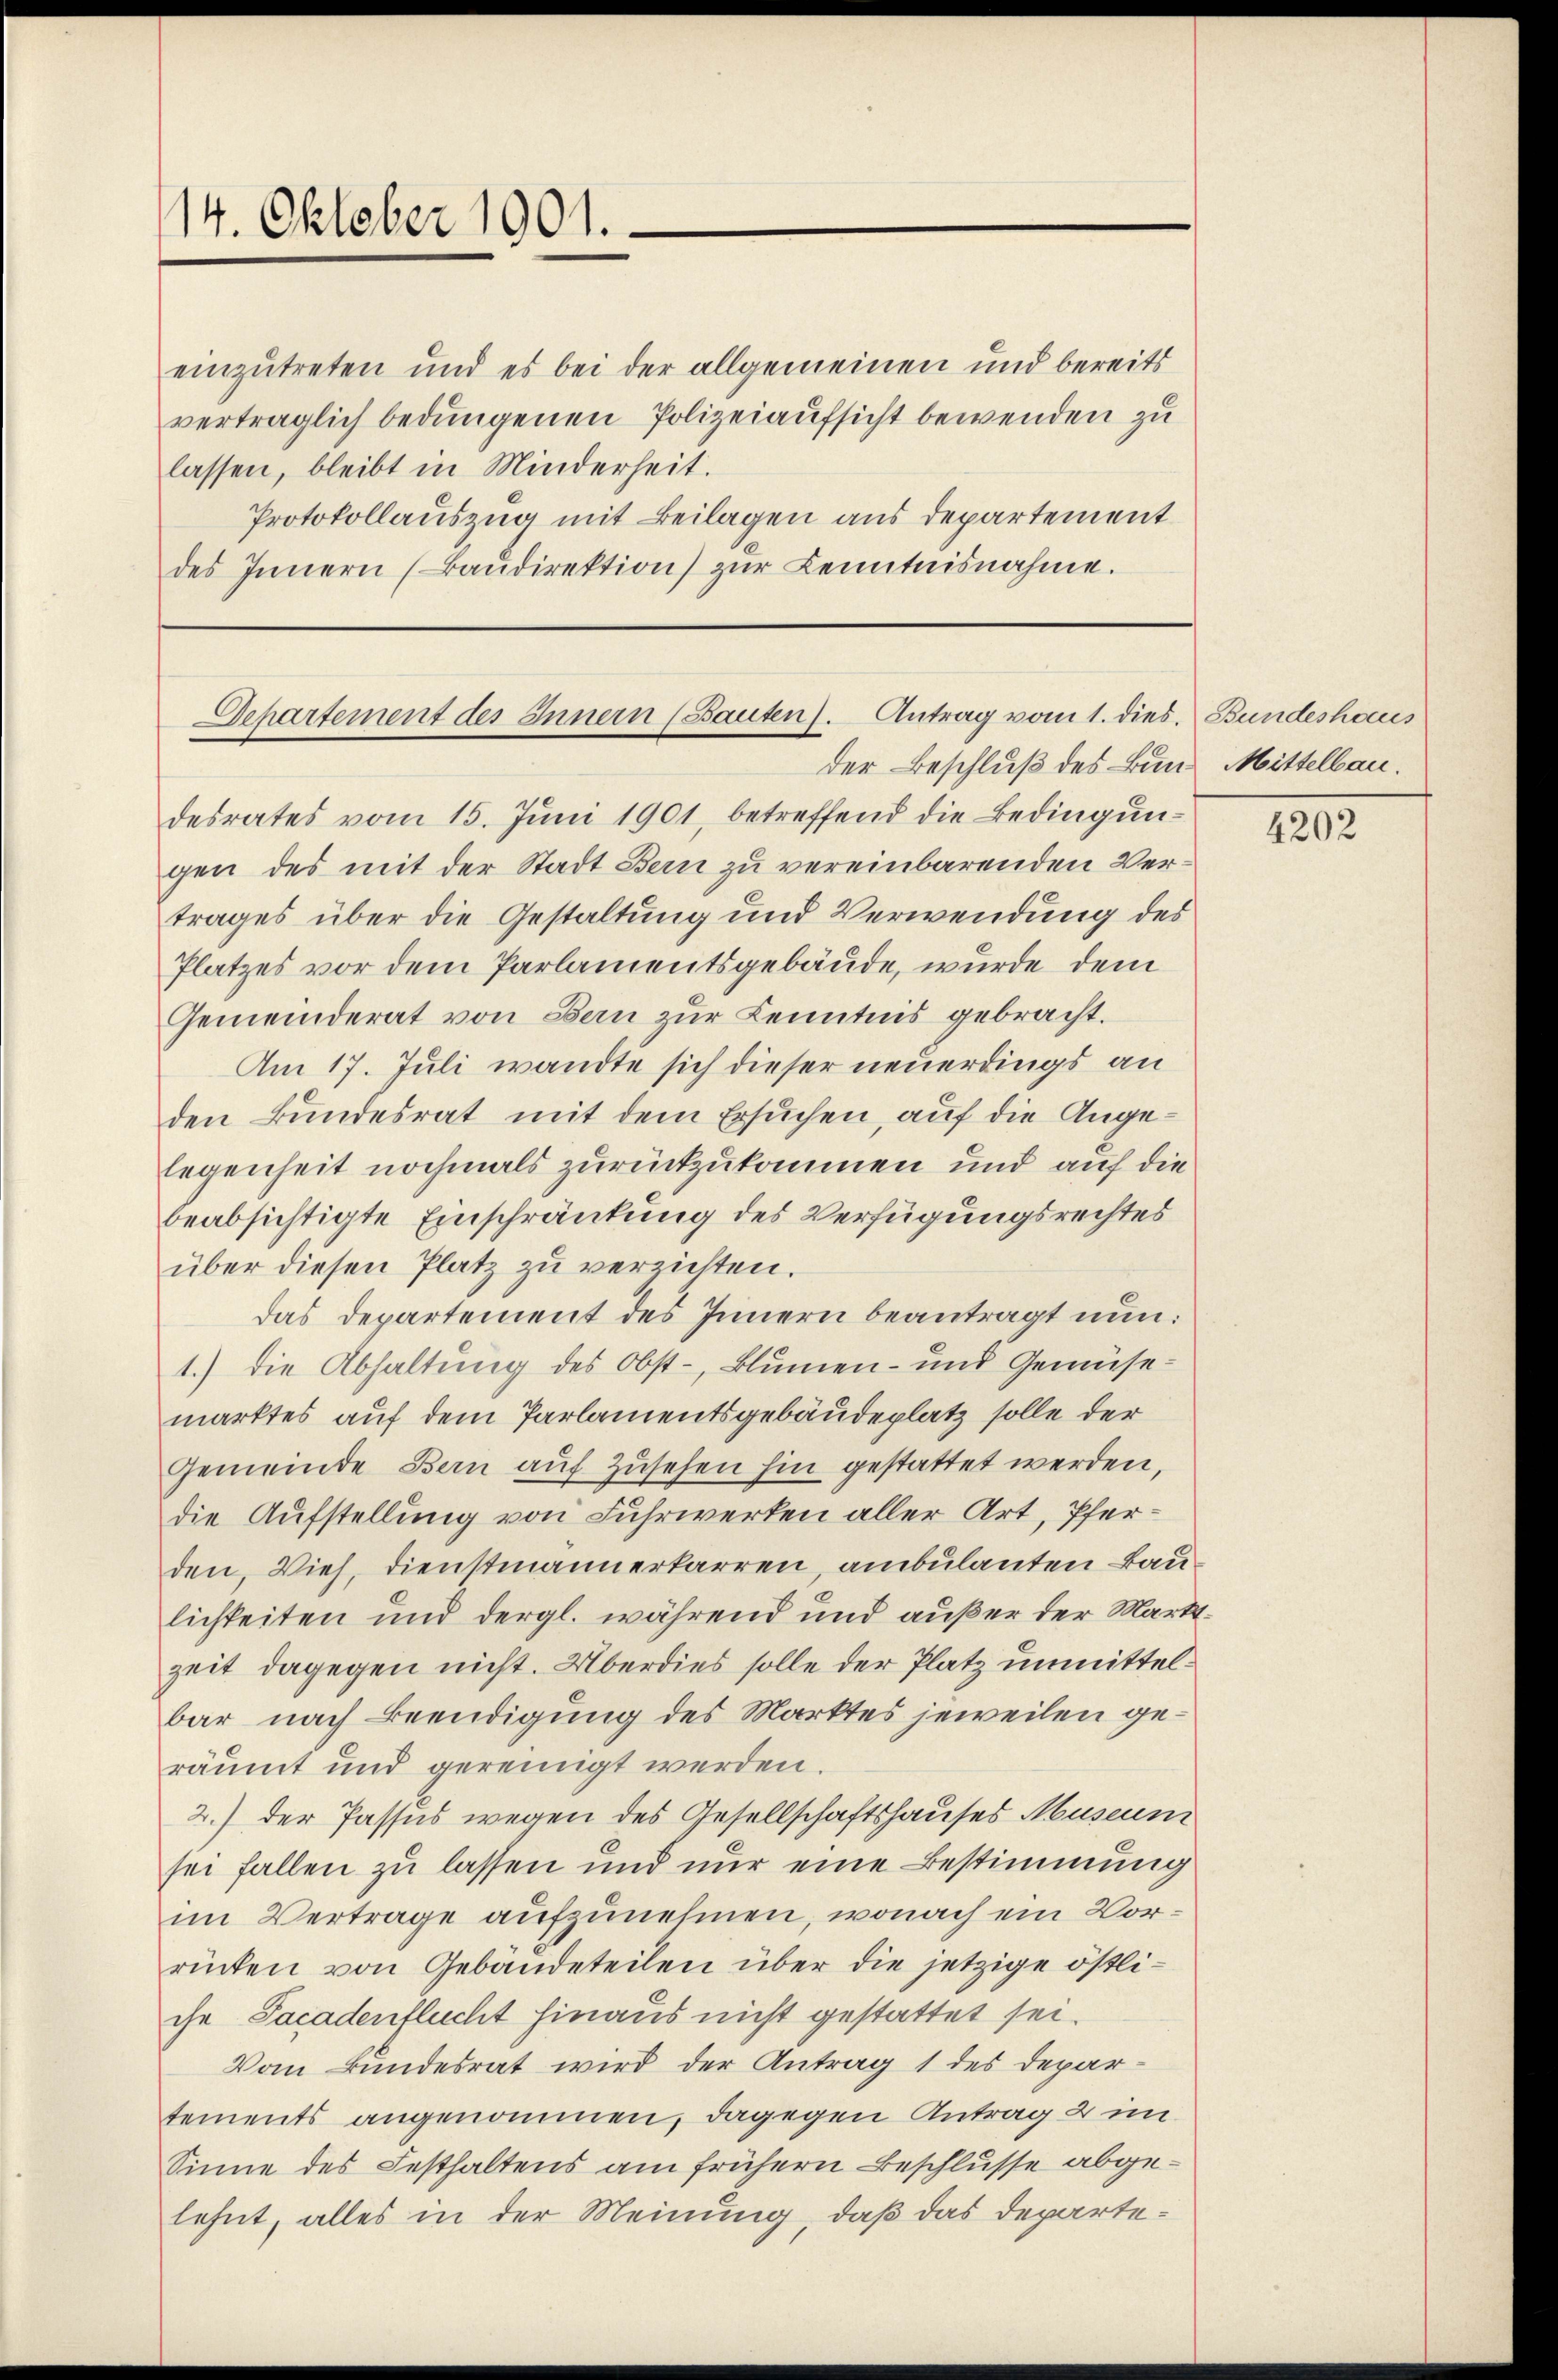
14. Oktober 1901.

einzutreten und es bei der allgemeinen und bereits
vertraglich bedungenen Polizeiaufsicht bewenden zu
lassen, bleibt in Minderheit.
Protokollauszug mit Beilagen aus departement
des Innern (Baŭdirektion) zŭr Kenntnisnahme.

Departement des Innern (Bauten). Antrag vom 1. dies. Bundeshaus
der Beschluß des Bund Mittelbau.

desrates vom 15. Juni 1901, betreffend die Bedingungen des mit der Stadt Bern zu vereinbarenden Vertrages über die Gestaltung und Verwendung des
Platzes vor dem Parlamentsgebäude, wurde dem
Gemeinderat von Bern zur Kenntnis gebracht.
Am 17. Juli wandte sich dieser neuerdings an
den Bundesrat mit dem Ersuchen, auf die Angelegenheit nochmals zurückzukommen und auf die
beabsichtigte Einschränkung des Verfügungsrechtes
über diesen Platz zu verzichten.
das Departement des Innern beantragt nun:
1.) Die Abhaltung des Obst-, Blumen- und Gemüsemarktes auf dem Parlamentsgebäudeplatz solle der
Gemeinde Bern auf zusehen hin gestattet werden,
die Aufstellung von Fuhrwerken aller Art, Pferden, Vieh, dienstmannerkarren, ambulanten Baulichkeiten und dergl. während und außer der Markt-
zeit dagegen nicht. Überdies solle der Platz unmittelbar nach Beendigung des Marktes jeweilen geräumt und gereinigt werden.
2.) der Passus wegen des Gesellschaftshauses Museum
sei fallen zu lassen und nur eine Bestimmung
im Vertrage aufzunehmen, wonach ein Vorrücken von Gebäudeteilen über die jetzige östli-
che Facadenflucht hinaus nicht gestattet sei.
Vom Bundesrat wird der Antrag 1 des Departements angenommen, dagegen Antrag & im
Sinne des Festhaltens am frühern Beschlusse abgelehnt, alles in der Meinung, daß das Departe¬

4202